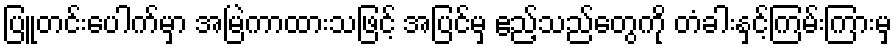
ပြူတင်းပေါက်မှာ အမြဲကာထားသဖြင့် အပြင်မှ ဧည့်သည်တွေကို တံခါးနှင့်ကြမ်းကြားမှ